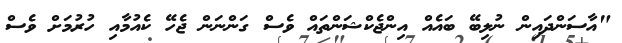
"އާސަންދައިން ނުލިބޭ ބައެއް އިންޖެކްޝަންތައް ވެސް ގަންނަން ޖެހޭ ކެއުމާއި ހުރުމަށް ވެސް